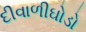
દીવાળીઘોડો